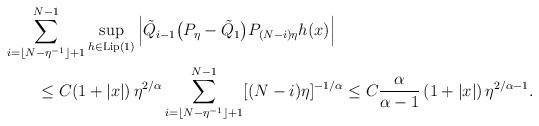
LaTeX: \begin{align*} &\sum_{i=\lfloor N-\eta^{-1} \rfloor+1}^{N-1}\sup_{h\in\mathrm{Lip}(1)}\left|\tilde{Q}_{i-1}\big(P_{\eta}-\tilde{Q}_{1}\big) P_{(N-i)\eta}h(x)\right|\\ &\qquad\leq C (1+|x|)\,\eta^{2/\alpha} \sum_{i=\lfloor N-\eta^{-1} \rfloor+1}^{N-1}[(N-i)\eta]^{-1/\alpha} \leq C\frac{\alpha}{\alpha-1}\,(1+|x|)\,\eta^{2/\alpha-1}.\end{align*}